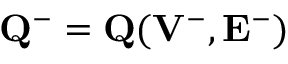
{ \bf Q } ^ { - } = { \bf Q } ( { { \bf V } } ^ { - } , { { \bf E } } ^ { - } )